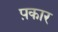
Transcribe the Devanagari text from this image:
प़कार